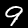
Label: 9